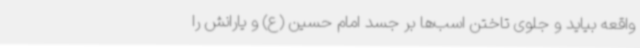
واقعه بیاید و جلوی تاختن اسب‌ها بر جسد امام حسین (ع) و یارانش را